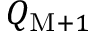
Q _ { \mathrm { M } + 1 }